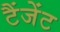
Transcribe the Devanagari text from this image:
टैंजेंट